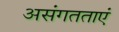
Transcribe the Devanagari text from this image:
असंगतताएं